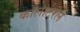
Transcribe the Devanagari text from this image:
कोलाटेरल